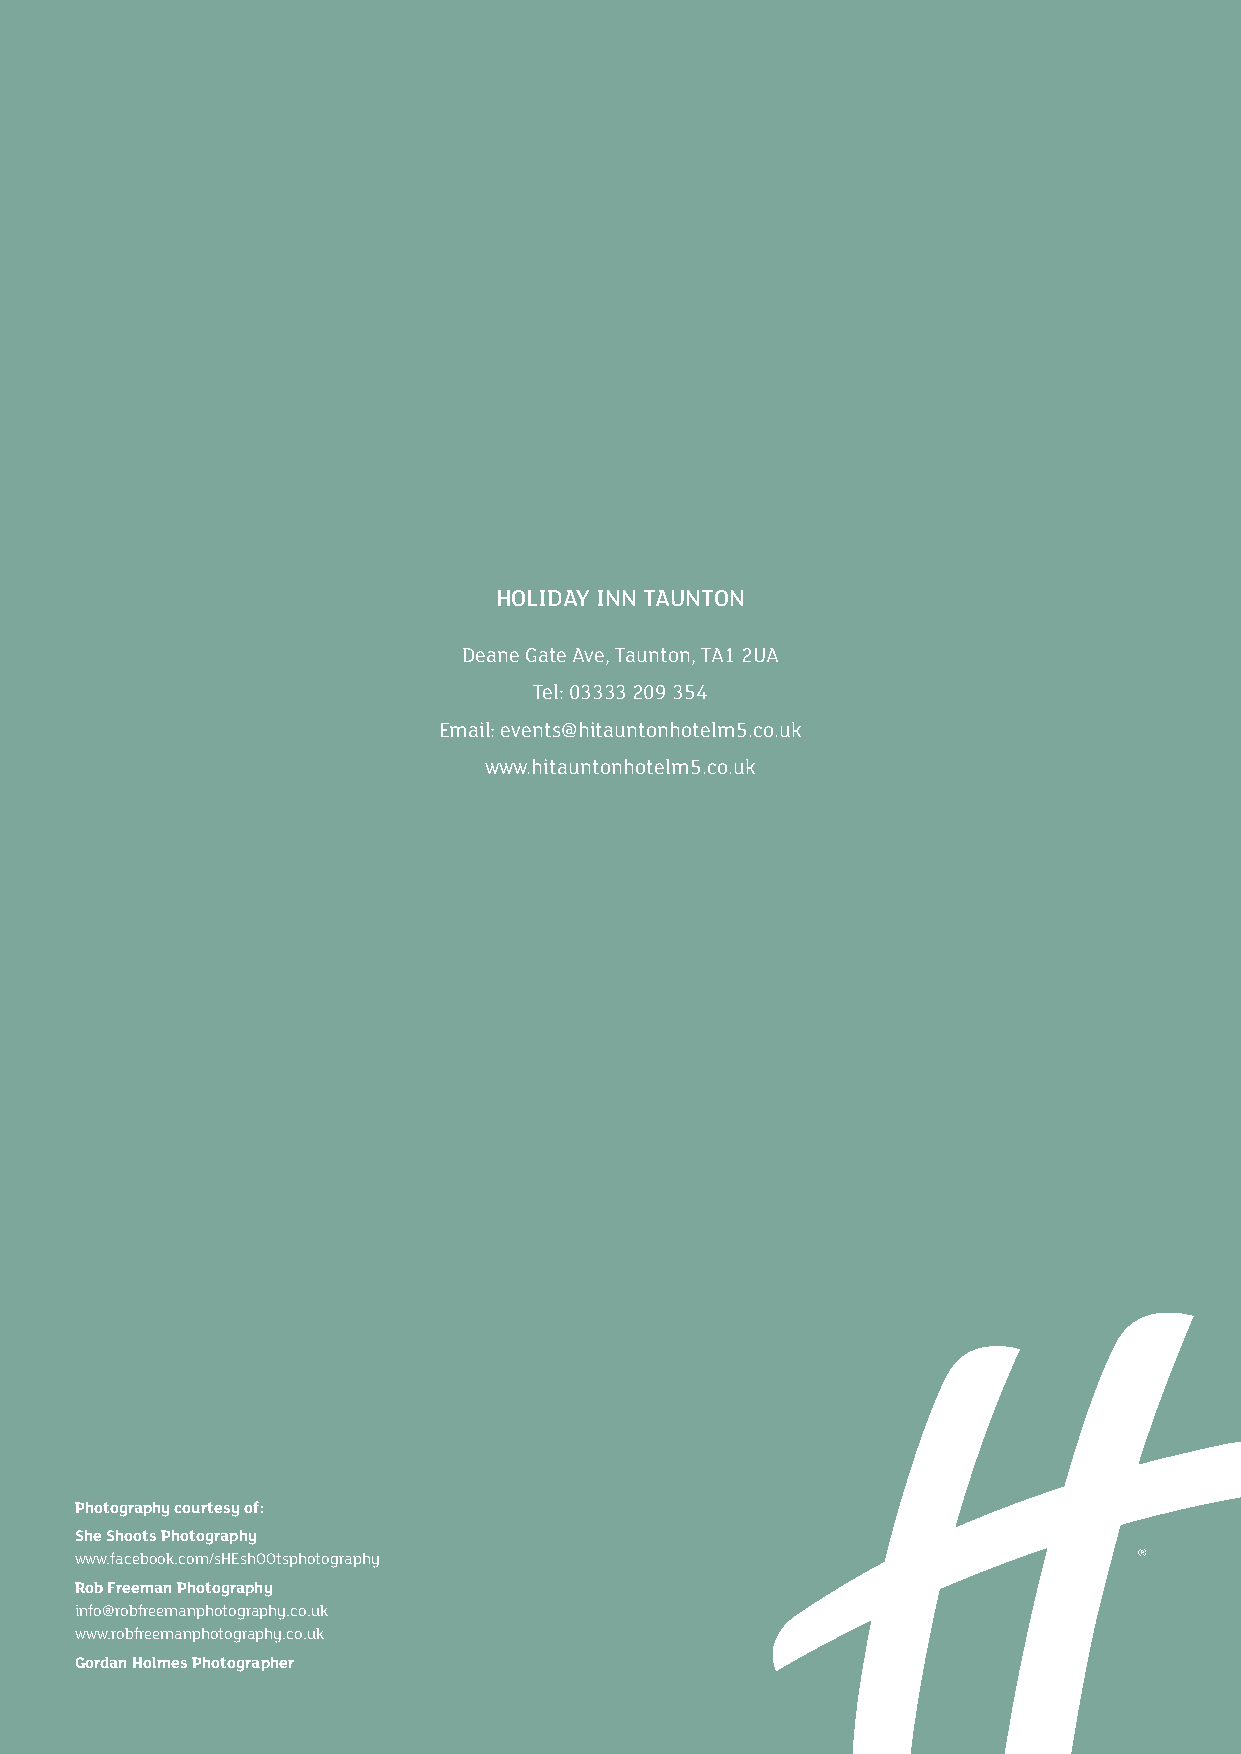
HOLIDAY INN TAUNTON
 Deane Gate Ave, Taunton, TA1 2UA
 Tel: 03333 209 354
 Email: events@hitauntonhotelm5.co.uk
 www.hitauntonhotelm5.co.uk
 Photography courtesy of:
 She Shoots Photography
 www.facebook.com/sHEshOOtsphotography
 Rob Freeman Photography
 info@robfreemanphotography.co.uk
 www.robfreemanphotography.co.uk
 Gordan Holmes Photographer